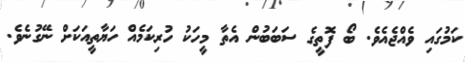
ކަމުގައި ވެއްޖެއެވެ. ބޯ ފޮތީގެ ސަބަބުން އެތާ މީހަކު ހުރިކަމެއް ހަޔާތީއަކަށް ނޭގުނެވެ.